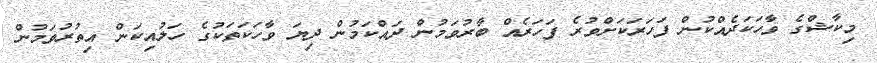
މިކާޝްގެ ވާހަކަދެއްކުން ފަހަރަކަށްވުރެ ފަހަރެއް ބާރުވަމުން ދައްކަމުން ދިޔަ ވާހަކަތަކުގެ ހަލުއިކަން އިތުރުވަމުން